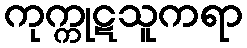
ကုက္ကုဋသူကရာ